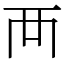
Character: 襾